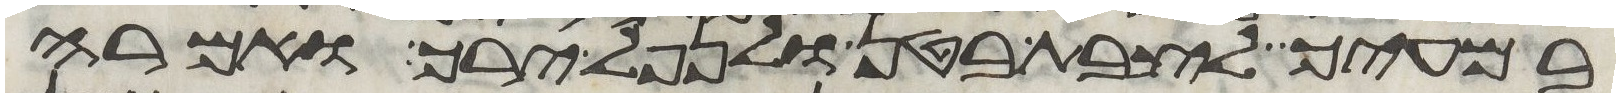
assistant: במעיך לצבת בטן ולנפל ירך ואמרה